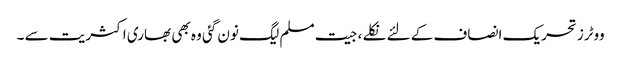
ووٹرز تحریک انصاف کے لئے نکلے ، جیت مسلم لیگ نون گئی وہ بھی بھاری اکثریت سے ۔